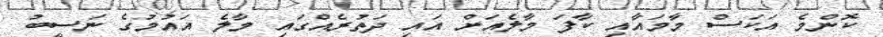
ކޮންމެ އަކަސް މާމައާއި ކާފަ މާލެއަށް އައި ދަތުރެއްގައި މާލެ އައުމުގެ ނަސީބު